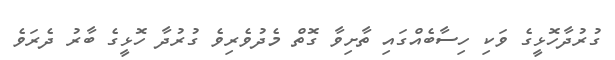
ގުރުދާހޮޅީގެ ވަކި ހިސާބެއްގައި ތާށިވާ ގޮތް މެދުވެރިވެ ގުރުދާ ހޮޅީގެ ބާރު ދެރަވެ